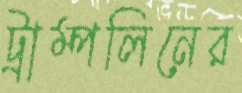
ট্রাম্পলিনের